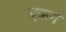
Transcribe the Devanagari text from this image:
एकग